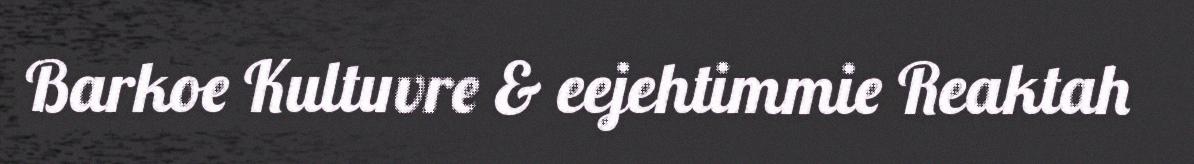
Barkoe Kultuvre & eejehtimmie Reaktah